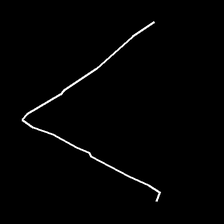
Glyph: region